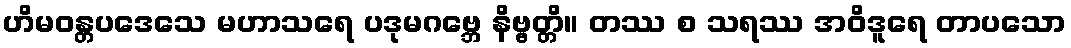
ဟိမဝန္တပဒေသေ မဟာသရေ ပဒုမဂဗ္ဘေ နိဗ္ဗတ္တိ။ တဿ စ သရဿ အဝိဒူရေ တာပသော